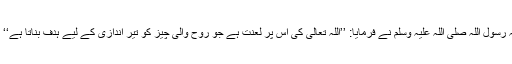
آپ نے فرمایا کہ رسول اللہ صلی اللہ علیہ وسلم نے فرمایا: ’’اللہ تعالیٰ کی اس پر لعنت ہے جو روح والی چیز کو تیر اندازی کے لیے ہدف بناتا ہے‘‘ (بخاری 5515۔